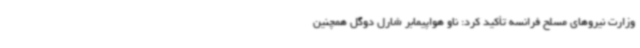
وزارت نیروهای مسلح فرانسه تأکید کرد: ناو هواپیمابر شارل دوگل همچنین